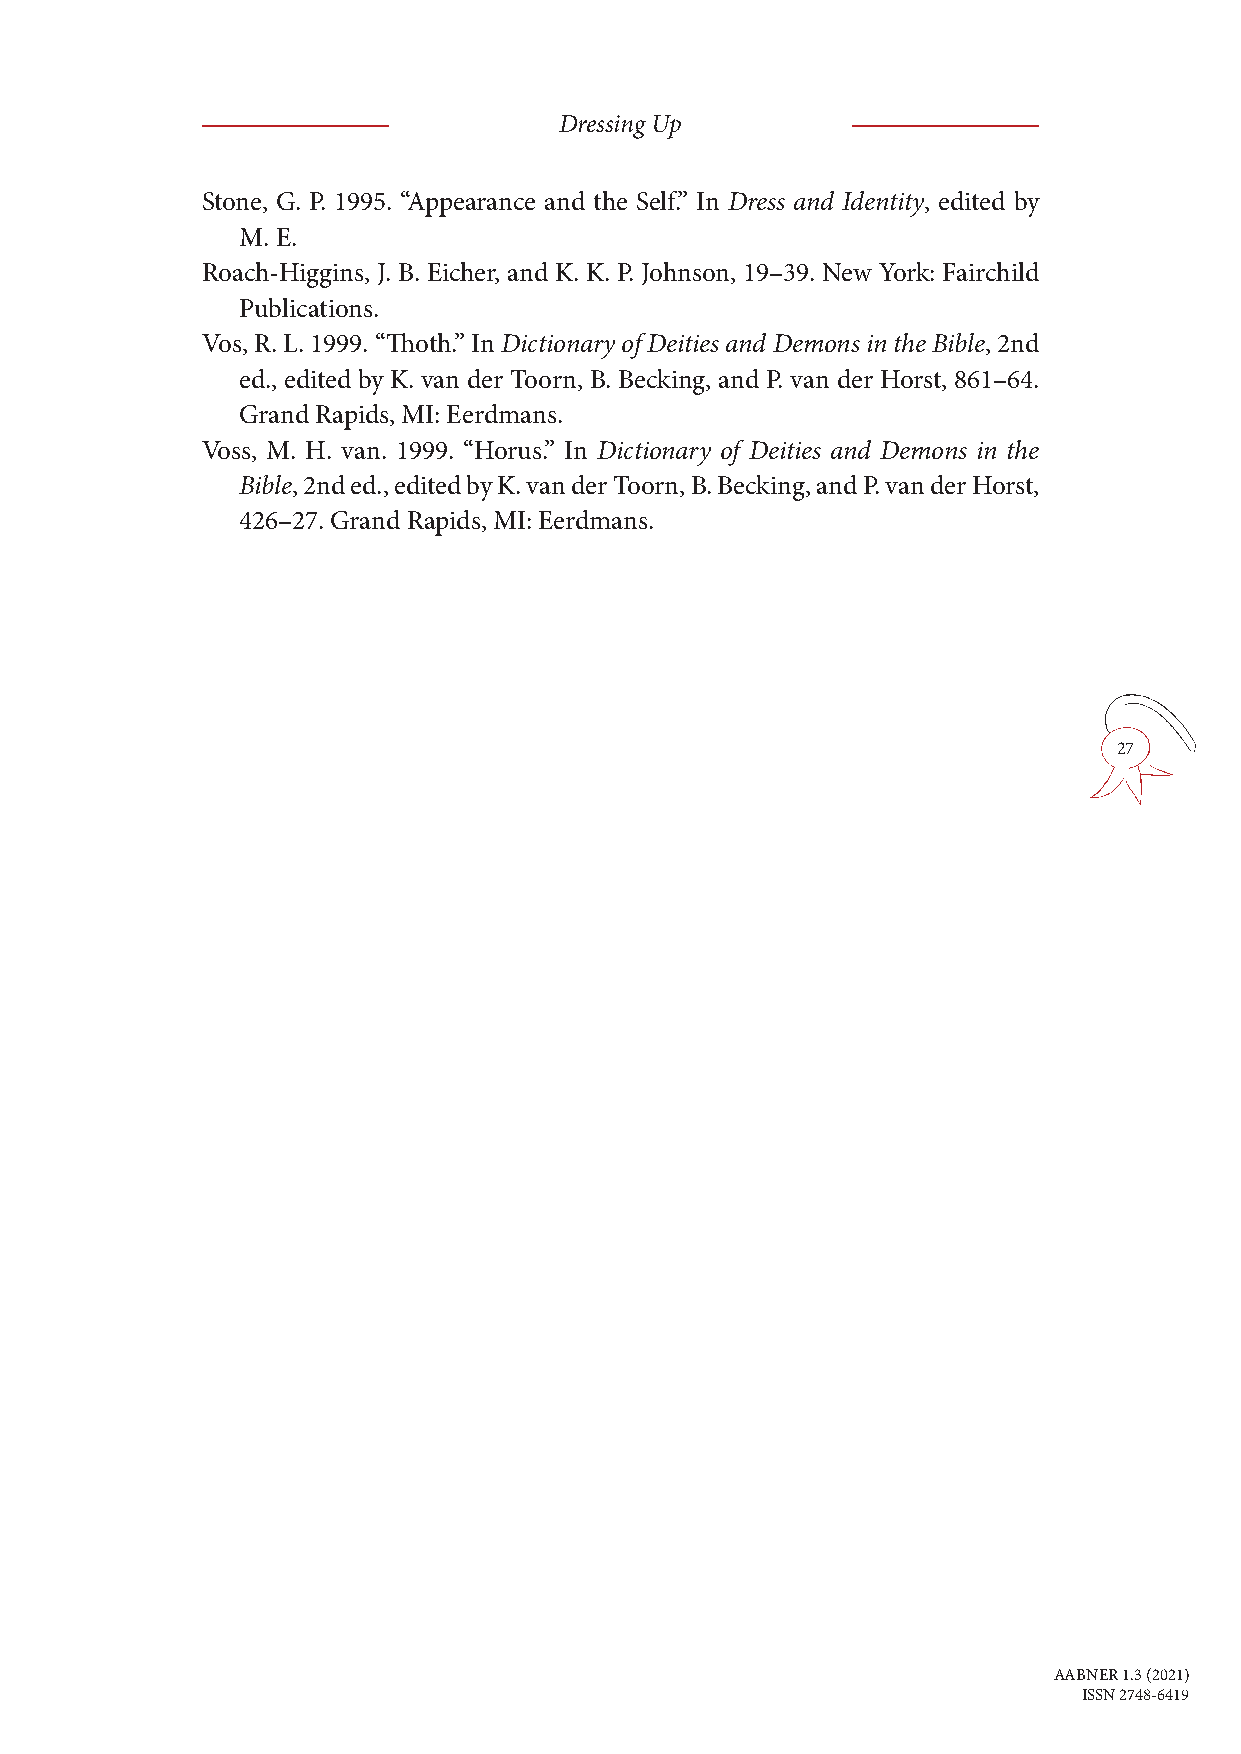
Dressing Up
 Stone, G. P. 1995. “Appearance and the Self.” In Dress and Identity, edited by
 M. E.
 Roach-Higgins, J. B. Eicher, and K. K. P. Johnson, 19–39. New York: Fairchild
 Publications.
 Vos, R. L. 1999. “Thoth.” In Dictionary of Deities and Demons in the Bible, 2nd
 ed., edited by K. van der Toorn, B. Becking, and P. van der Horst, 861–64.
 Grand Rapids, MI: Eerdmans.
 Voss, M. H. van. 1999. “Horus.” In Dictionary of Deities and Demons in the
 Bible, 2nd ed., edited by K. van der Toorn, B. Becking, and P. van der Horst,
 426–27. Grand Rapids, MI: Eerdmans.
 27
 AABNER 1.3 (2021)
 ISSN 2748-6419